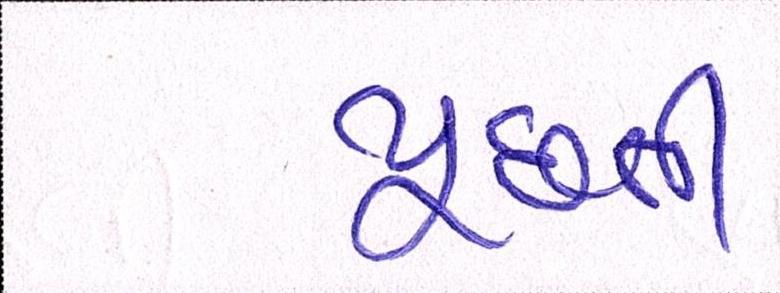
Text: પૂછતી